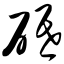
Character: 砥